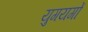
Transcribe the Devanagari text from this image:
युगयगों